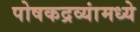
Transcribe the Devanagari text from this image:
पोषकद्रव्यांमध्ये